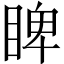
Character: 睥